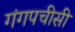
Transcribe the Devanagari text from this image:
गंगपचीसी